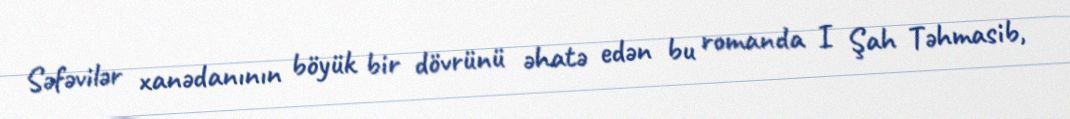
Səfəvilər xanədanının böyük bir dövrünü əhatə edən bu romanda I Şah Təhmasib,